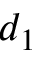
d _ { 1 }